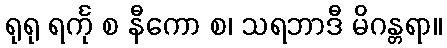
ရုရု ရင်္ကု စ နီကော စ၊ သရဘာဒီ မိဂန္တရာ။